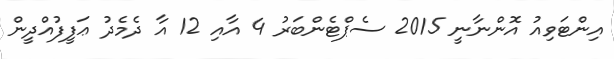
އިންޓަވިއު އޮންނާނީ 2015 ސެޕްޓެންބަރު 4 އާއި 12 އާ ދެމެދު ޢަފީފުއްދީން